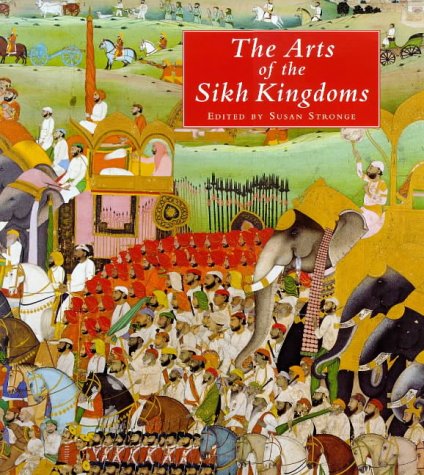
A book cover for The Arts of the Sikh Kingdoms; STRONGE Susan; Religion & Spirituality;